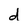
Character: d